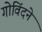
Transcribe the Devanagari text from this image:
गोविंदने